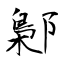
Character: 鄡